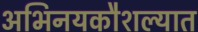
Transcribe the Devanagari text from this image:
अभिनयकौशल्यात